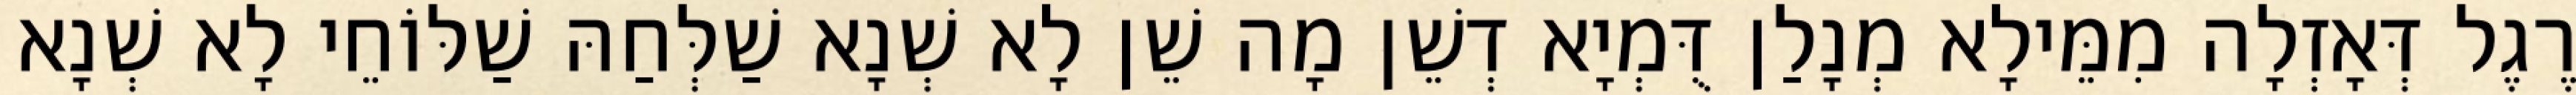
רֶגֶל דְּאָזְלָה מִמֵּילָא מְנָלַן דֻּמְיָא דְשֵׁן מָה שֵׁן לָא שְׁנָא שַׁלְּחַהּ שַׁלּוֹחֵי לָא שְׁנָא